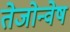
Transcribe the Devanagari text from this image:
तेजोन्वेष